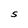
Character: S